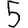
Digit: 5